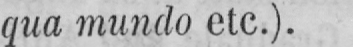
qua mundo etc.).